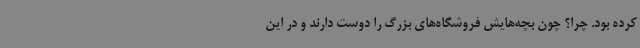
کرده بود. چرا؟ چون بچه‌هایش فروشگاه‌های بزرگ را دوست دارند و در این